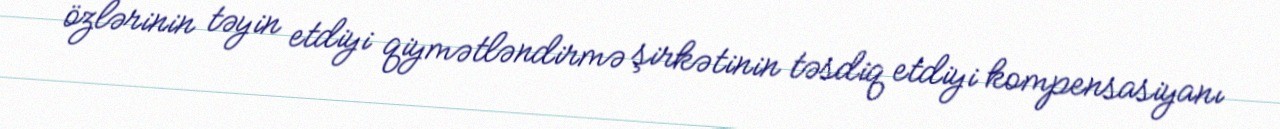
özlərinin təyin etdiyi qiymətləndirmə şirkətinin təsdiq etdiyi kompensasiyanı